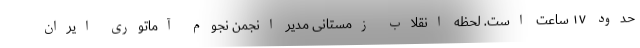
حدود ۱۷ ساعت است. لحظه انقلاب زمستانی مدیر انجمن نجوم آماتوری ایران